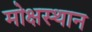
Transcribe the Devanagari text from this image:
मोक्षस्थान